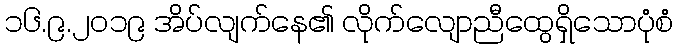
၁၆.၉.၂၀၁၉ အိပ်လျက်နေ၏ လိုက်လျောညီထွေရှိသောပုံစံ